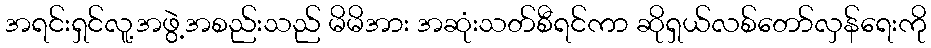
အရင်းရှင်လူ့အဖွဲ့အစည်းသည် မိမိအား အဆုံးသတ်စီရင်ကာ ဆိုရှယ်လစ်တော်လှန်ရေးကို